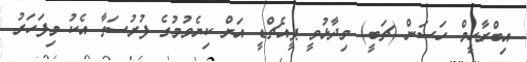
އިބްރާހީމް ހަސަން (ޗަބީ) ވިދާޅުވީ ޕީއެޗްޑީ އަށް ކިޔެވުމުގެ ފުރުސަތާ އެކު މިފަހަރު